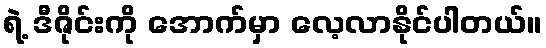
ရဲ့ ဒီဇိုင်းကို အောက်မှာ လေ့လာနိုင်ပါတယ်။